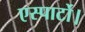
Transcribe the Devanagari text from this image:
एस्पार्टो।